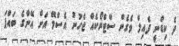
ދެ ކިޑްނީ ފެއިލް ވެގެން ސްޓްރޯކެއް ޖެހުނު އެސްމޭ އަށް އޭނާގެ ބައްޕަ